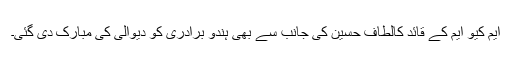
ایم کیو ایم کے قائد کالطاف حسین کی جانب سے بھی ہندو برادری کو دیوالی کی مبارک دی گئی۔